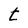
Character: t